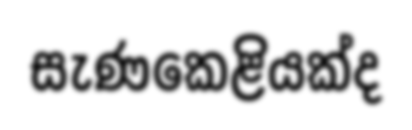
සැණකෙළියක්ද